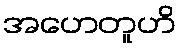
အဟေတူဟိ